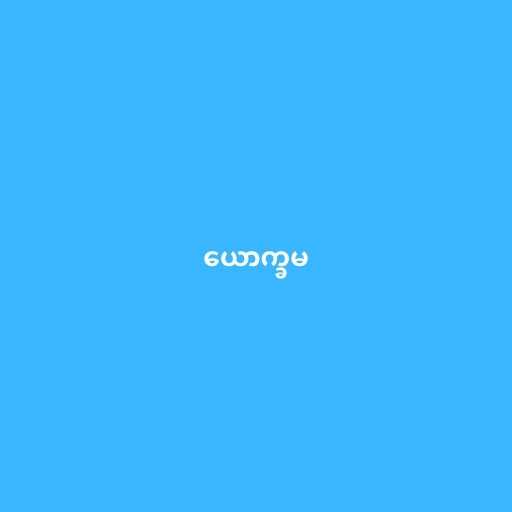
ယောက္ခမ